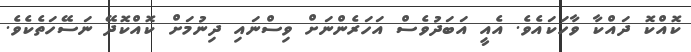
ކޮއްކޮ ދައްކާ ވާހަކައެވެ. އެއީ އަބަދުވެސް އަހަރެންނަށް ވިސްނައި ދިނުމަށް ކޮއްކޮދޭ ނަސޭހަތެކެވެ.